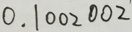
0 . 1 0 0 2 0 0 2